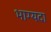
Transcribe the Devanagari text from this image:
भाग्यदा